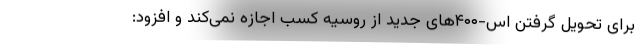
برای تحویل گرفتن اس-۴۰۰های جدید از روسیه کسب اجازه نمی‌کند و افزود: